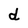
Character: d